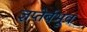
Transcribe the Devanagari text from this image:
ज्ञप्तेर्बभूव